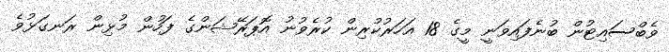
ވެބްސައިޓުން ބުނެފައިވަނީ މީގެ 18 އަހަރުކުރިން ކުރެވުނު އޮޕަރޭޝަންގެ ފަހުން މުޅިން ރަނގަޅުވެ